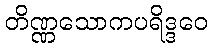
တိဏ္ဏသောကပရိဒ္ဒဝေ